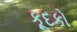
કૂદકો